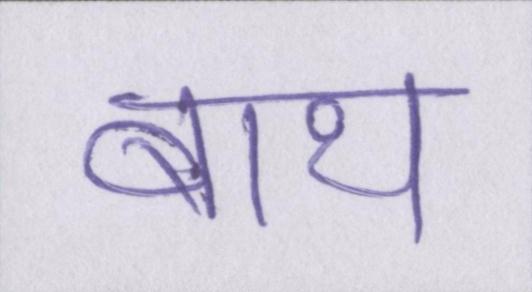
बाथ